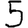
Digit: 5